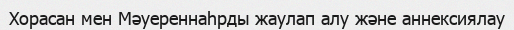
Хорасан мен Мәуереннаһрды жаулап алу және аннексиялау